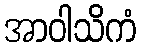
အာဝါသိကံ